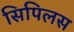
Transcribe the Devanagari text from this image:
सिपिलस